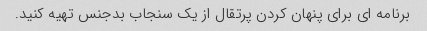
برنامه ای برای پنهان کردن پرتقال از یک سنجاب بدجنس تهیه کنید.